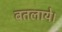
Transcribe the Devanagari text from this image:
बतलाये।